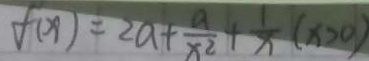
f ( x ) = 2 a + \frac { a } { x ^ { 2 } } + \frac { 1 } { x } ( x > 0 )